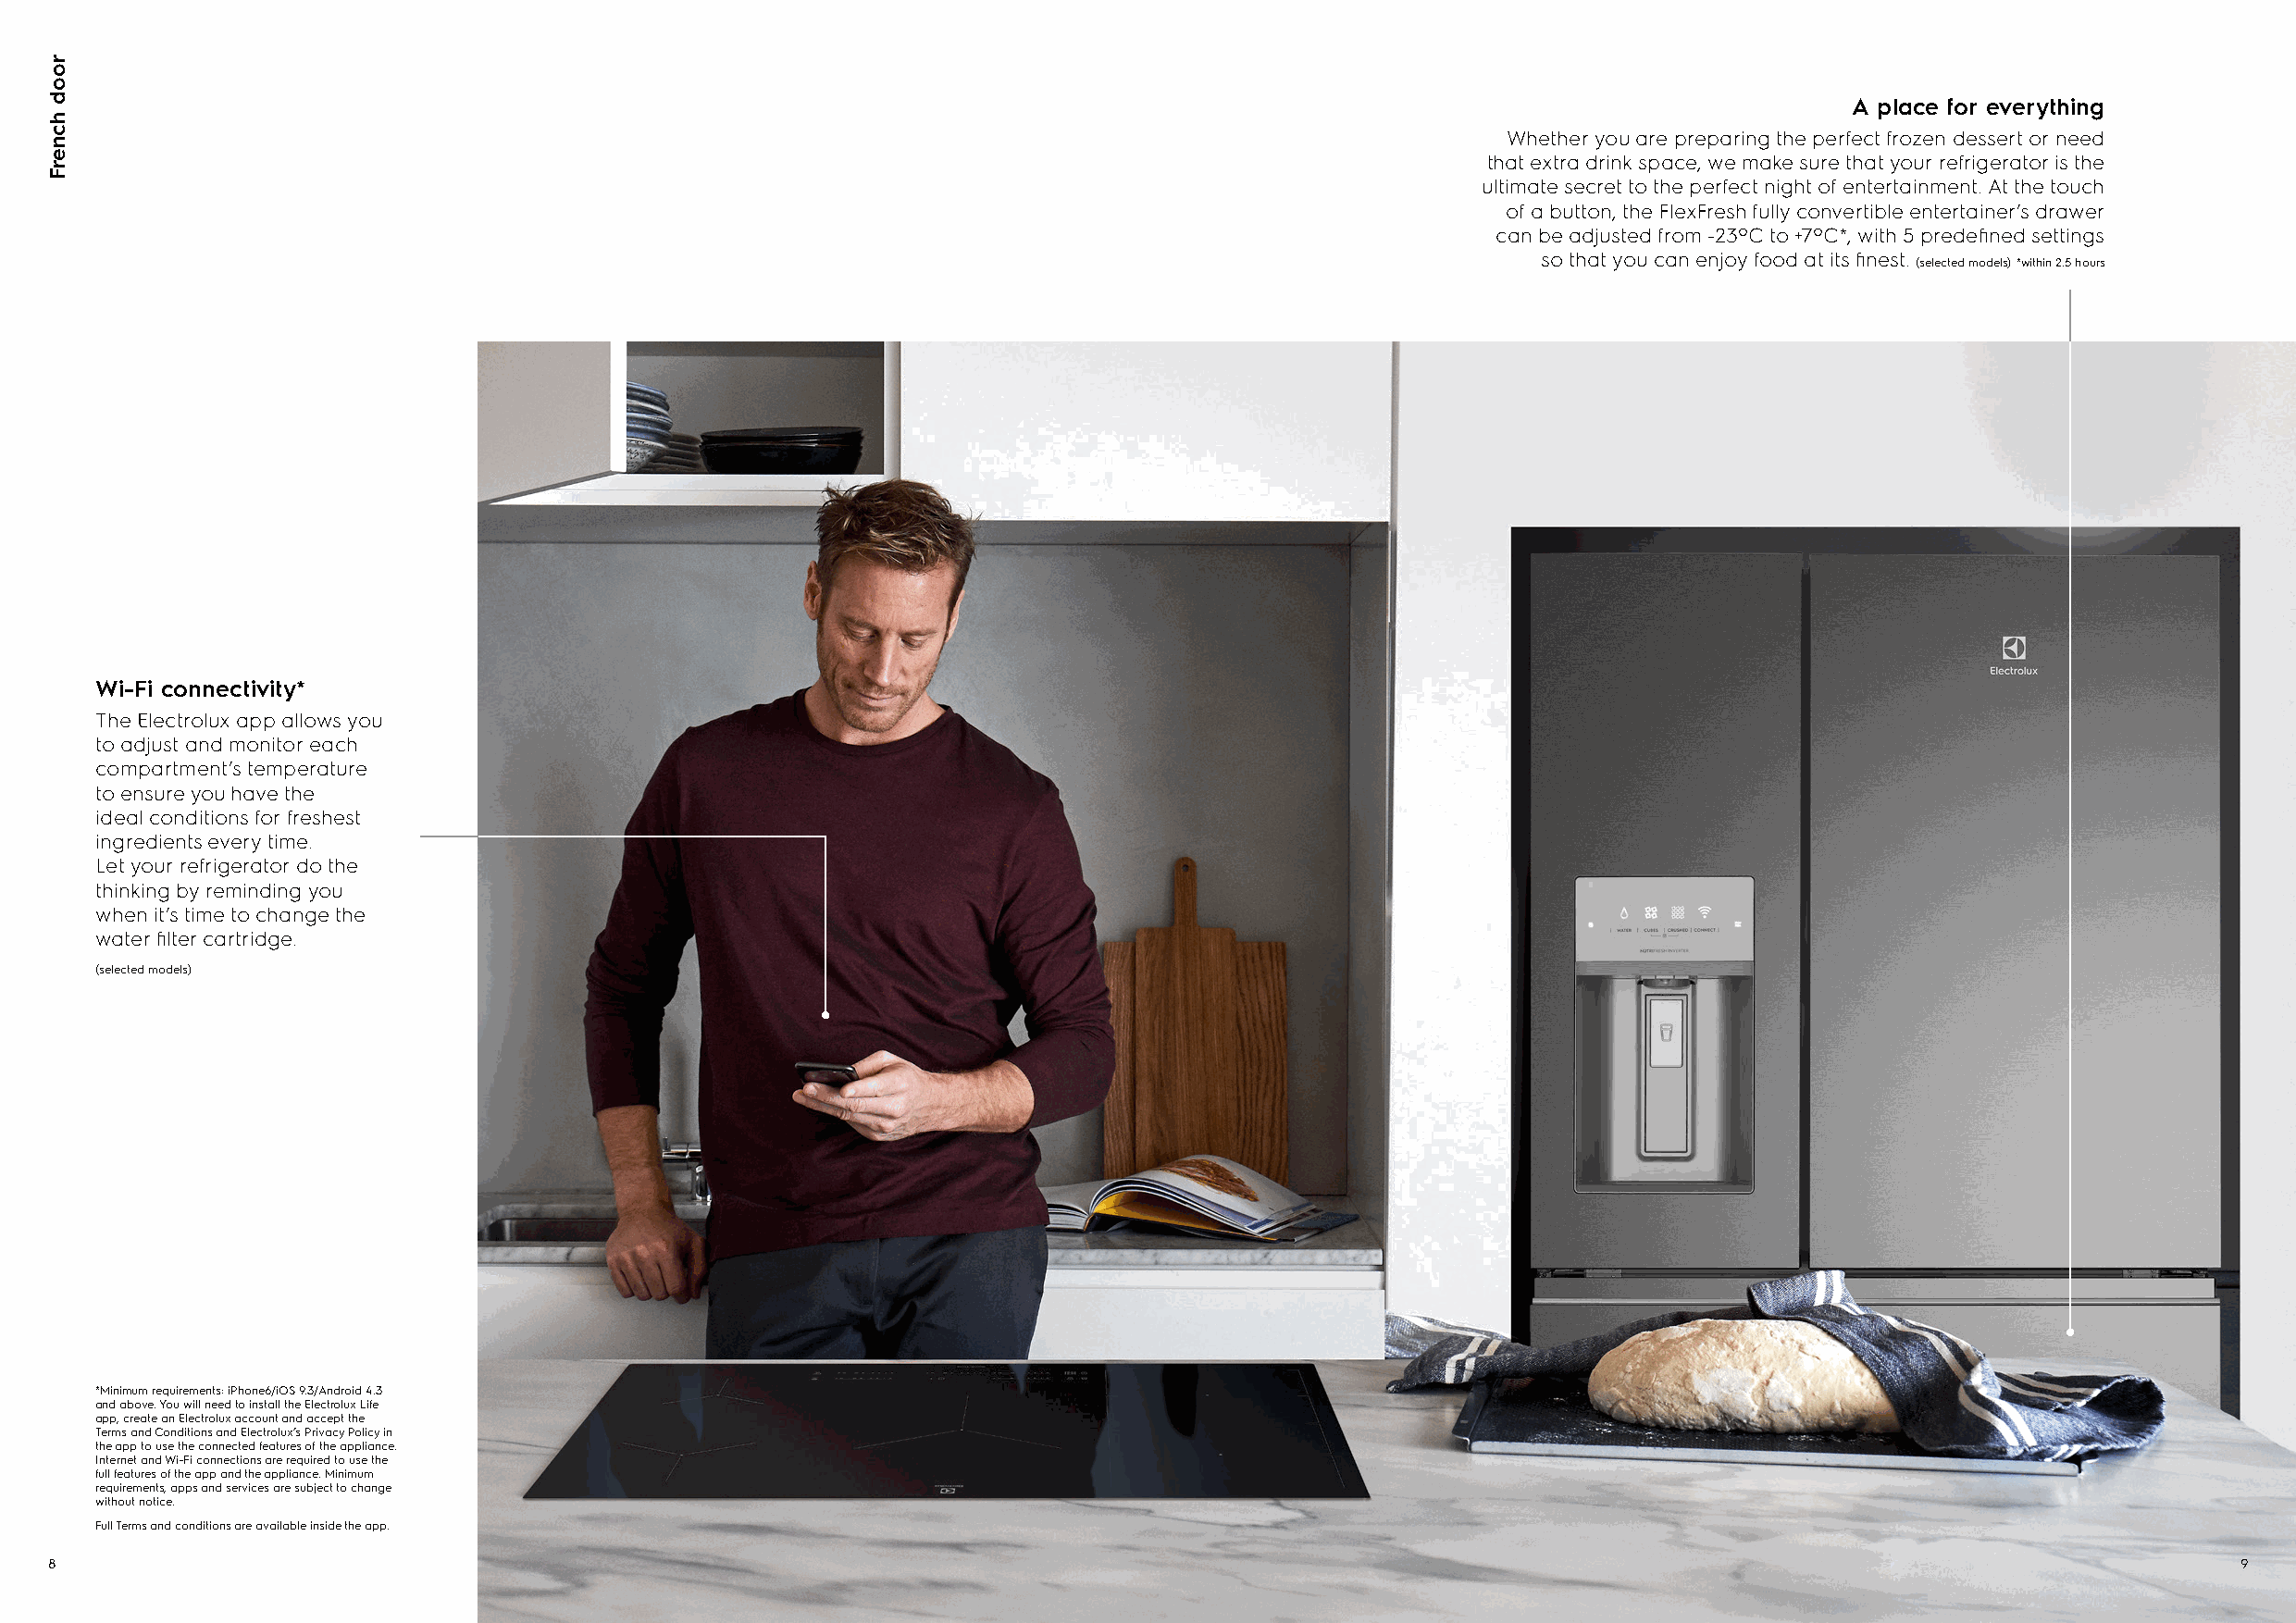
A place for everything
 Whether you are preparing the perfect frozen dessert or need
 that extra drink space, we make sure that your refrigerator is the
 ultimate secret to the perfect night of entertainment. At the touch
 of a button, the FlexFresh fully convertible entertainer’s drawer
 can be adjusted from -23ºC to +7ºC*, with 5 predefined settings
 so that you can enjoy food at its finest.
 (selected models)*within 2.5 hours
 Wi-Fi connectivity*
 The Electrolux app allows you
 to adjust and monitor each
 compartment’s temperature
 to ensure you have the
 ideal conditions for freshest
 ingredients every time.
 Let your refrigerator do the
 thinking by reminding you
 when it’s time to change the
 water filter cartridge.
 (selected models)
 *Minimum requirements: iPhone6/iOS 9.3/Android 4.3
 and above. You will need to install the Electrolux Life
 app, create an Electrolux account and accept the
 Terms and Conditions and Electrolux’s Privacy Policy in
 the app to use the connected features of the appliance.
 Internet and Wi-Fi connections are required to use the
 full features of the app and the appliance. Minimum
 requirements, apps and services are subject to change
 without notice.
 Full Terms and conditions are available inside the app.
 8                                                                                                                                                            9
 rood
 hcnerF